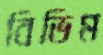
বিভিণ্ন